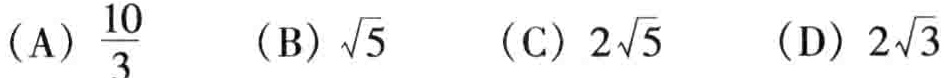
(A) \(\frac{10}{3}\)  (B) \(\sqrt{5}\)  (C) \(2\sqrt{5}\)  (D) \(2\sqrt{3}\)